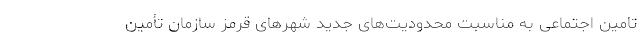
تامین اجتماعی به مناسبت محدودیت‌های جدید شهرهای قرمز سازمان تأمین